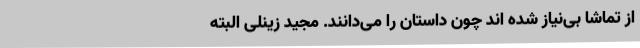
از تماشا بی‌نیاز شده اند چون داستان را می‌دانند. مجید زینلی البته